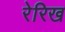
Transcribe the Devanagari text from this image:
रेरिख